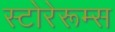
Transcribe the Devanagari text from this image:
स्टोरेरूम्स